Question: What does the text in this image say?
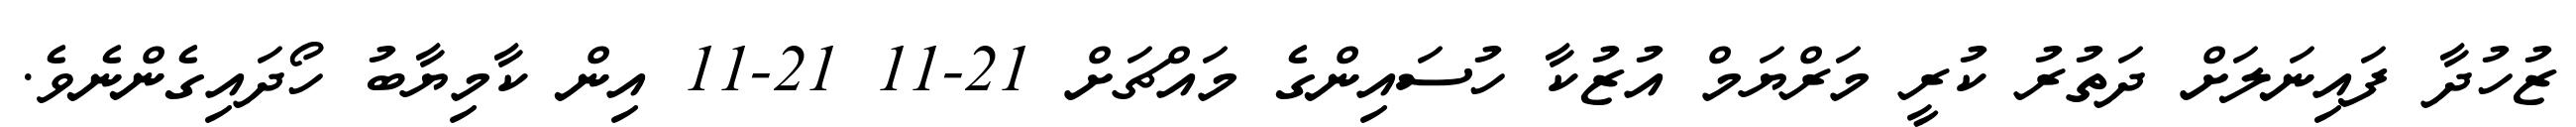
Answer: ޒުހުދާ ފައިނަލަށް ދަތުރު ކުރީ މަރްޔަމް އުޒުކާ ހުސައިންގެ މައްޗަށް 21-11 21-11 އިން ކާމިޔާބު ހޯދައިގެންނެވެ.